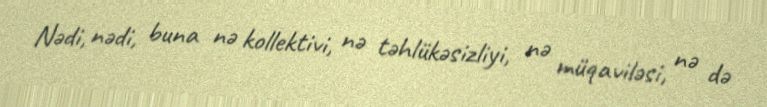
Nədi, nədi, buna nə kollektivi, nə təhlükəsizliyi, nə müqaviləsi, nə də